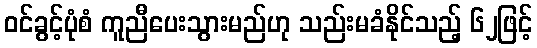
ဝင်ခွင့်ပုံစံ ကူညီပေးသွားမည်ဟု သည်းမခံနိုင်သည့် ၆၂ဖြင့်